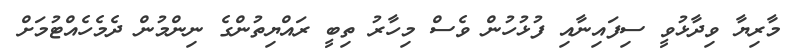
މާރިޔާ ވިދާޅުވީ ސިފައިނާއި ފުޅުހުން ވެސް މިހާރު ތިބީ ރައްޔިތުންގެ ނިންމުން ދެމެހެއްޓުމަށް